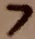
Text: 7